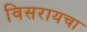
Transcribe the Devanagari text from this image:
विसरायचा